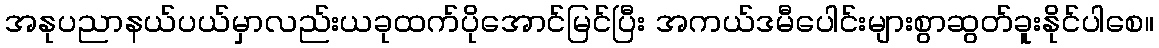
အနုပညာနယ်ပယ်မှာလည်းယခုထက်ပိုအောင်မြင်ပြီး အကယ်ဒမီပေါင်းများစွာဆွတ်ခူးနိုင်ပါစေ။